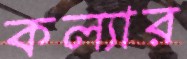
কল্যার